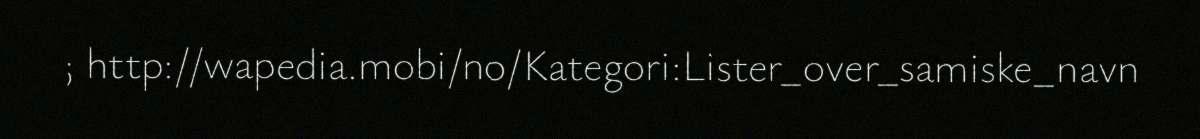
; http://wapedia.mobi/no/Kategori:Lister_over_samiske_navn